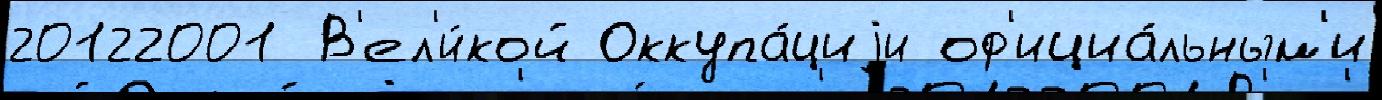
20122001 В'ел'и́кой Оккупа́циjи оф'ициа́льным'и